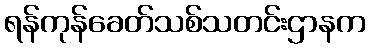
ရန်ကုန်ခေတ်သစ်သတင်းဌာနက